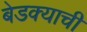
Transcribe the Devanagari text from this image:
बेडक्याची